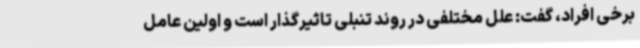
برخی افراد، گفت: علل مختلفی در روند تنبلی تاثیرگذار است و اولین عامل